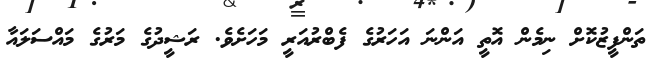
ތަންފީޒުކޮށް ނިމެން އޮތީ އަންނަ އަހަރުގެ ފެބްރުއަރީ މަހަށެވެ. ރަޝީދުގެ މަރުގެ މައްސަލައާ